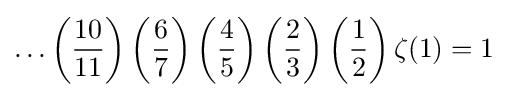
\ldots \left({\frac {10}{11}}\right)\left({\frac {6}{7}}\right)\left({\frac {4}{5}}\right)\left({\frac {2}{3}}\right)\left({\frac {1}{2}}\right)\zeta (1)=1